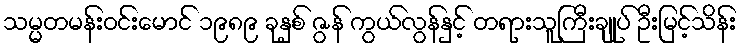
သမ္မတမန်းဝင်းမောင် ၁၉၈၉ ခုနှစ် ဇွန် ကွယ်လွန်နှင့် တရားသူကြီးချုပ် ဦးမြင့်သိန်း